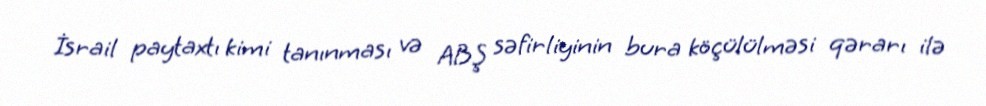
İsrail paytaxtı kimi tanınması və ABŞ səfirliyinin bura köçülülməsi qərarı ilə